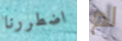
اضطررنا لم